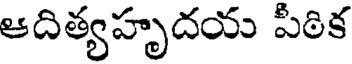
ఆదిత్యహృదయ పీఠిక